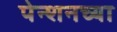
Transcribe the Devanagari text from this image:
पेन्शनच्या